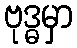
ဗုဒ္ဓမှာ